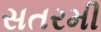
સતરમી